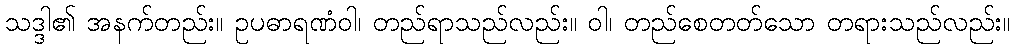
သဒ္ဒါ၏ အနက်တည်း။ ဥပဓာရဏံဝါ၊ တည်ရာသည်လည်း။ ဝါ၊ တည်စေတတ်သော တရားသည်လည်း။